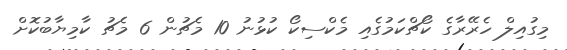
މިގުއިލް ހެރޭރާގެ ކޯޗްކަމުގެއި މެކްސިކޯ ކުޅުނު 10 މެޗުން 6 މެޗު ކާމިޔާބުކޮށް